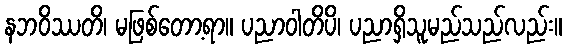
နဘဝိဿတိ၊ မဖြစ်တော့ရာ။ ပညာဝါတိပိ၊ ပညာရှိသူမည်သည်လည်း။